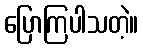
ပြောကြပါသတဲ့။